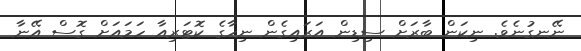
ނޭނގުނެވެ. ނިކަން ބާރަށް ސިޑިން އަރައިގެން ނިހާގެ ކޮޓަރިއާ ހަމައަށް ގޮސް އޭނާ